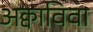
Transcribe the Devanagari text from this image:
अक्वाविवा